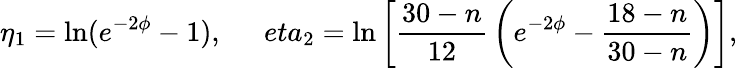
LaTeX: \eta_{1}=\ln(e^{-2\phi}-1),\ \ \ \ \ \, eta_{2}=\ln\left[\frac{30-n}{12}\, \left(e^{-2\phi}-\frac{18-n}{30-n}\right)\right],